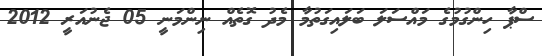
ސްޕާ ހިންގުމުގެ މައްސަލަ ބަލައިގަތުމާ މެދު ގޮތެއް ނިންމަނީ 05 ޖެނުއަރީ 2012